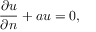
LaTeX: { \frac { \partial u } { \partial n } } + a u = 0 ,